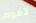
لأقوم